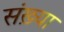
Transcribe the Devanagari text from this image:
संख़्या